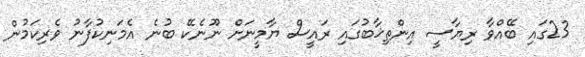
23ގައި ބޭއްވާ ރިޔާސީ އިންތިޚާބުގައި ރައީސް ޔާމީނަށް ނޫނެކޭ ބުނެ އެމަނިކުފާނު ވެރިކަމުން